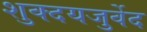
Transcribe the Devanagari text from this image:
शुक्दयजुर्वेद